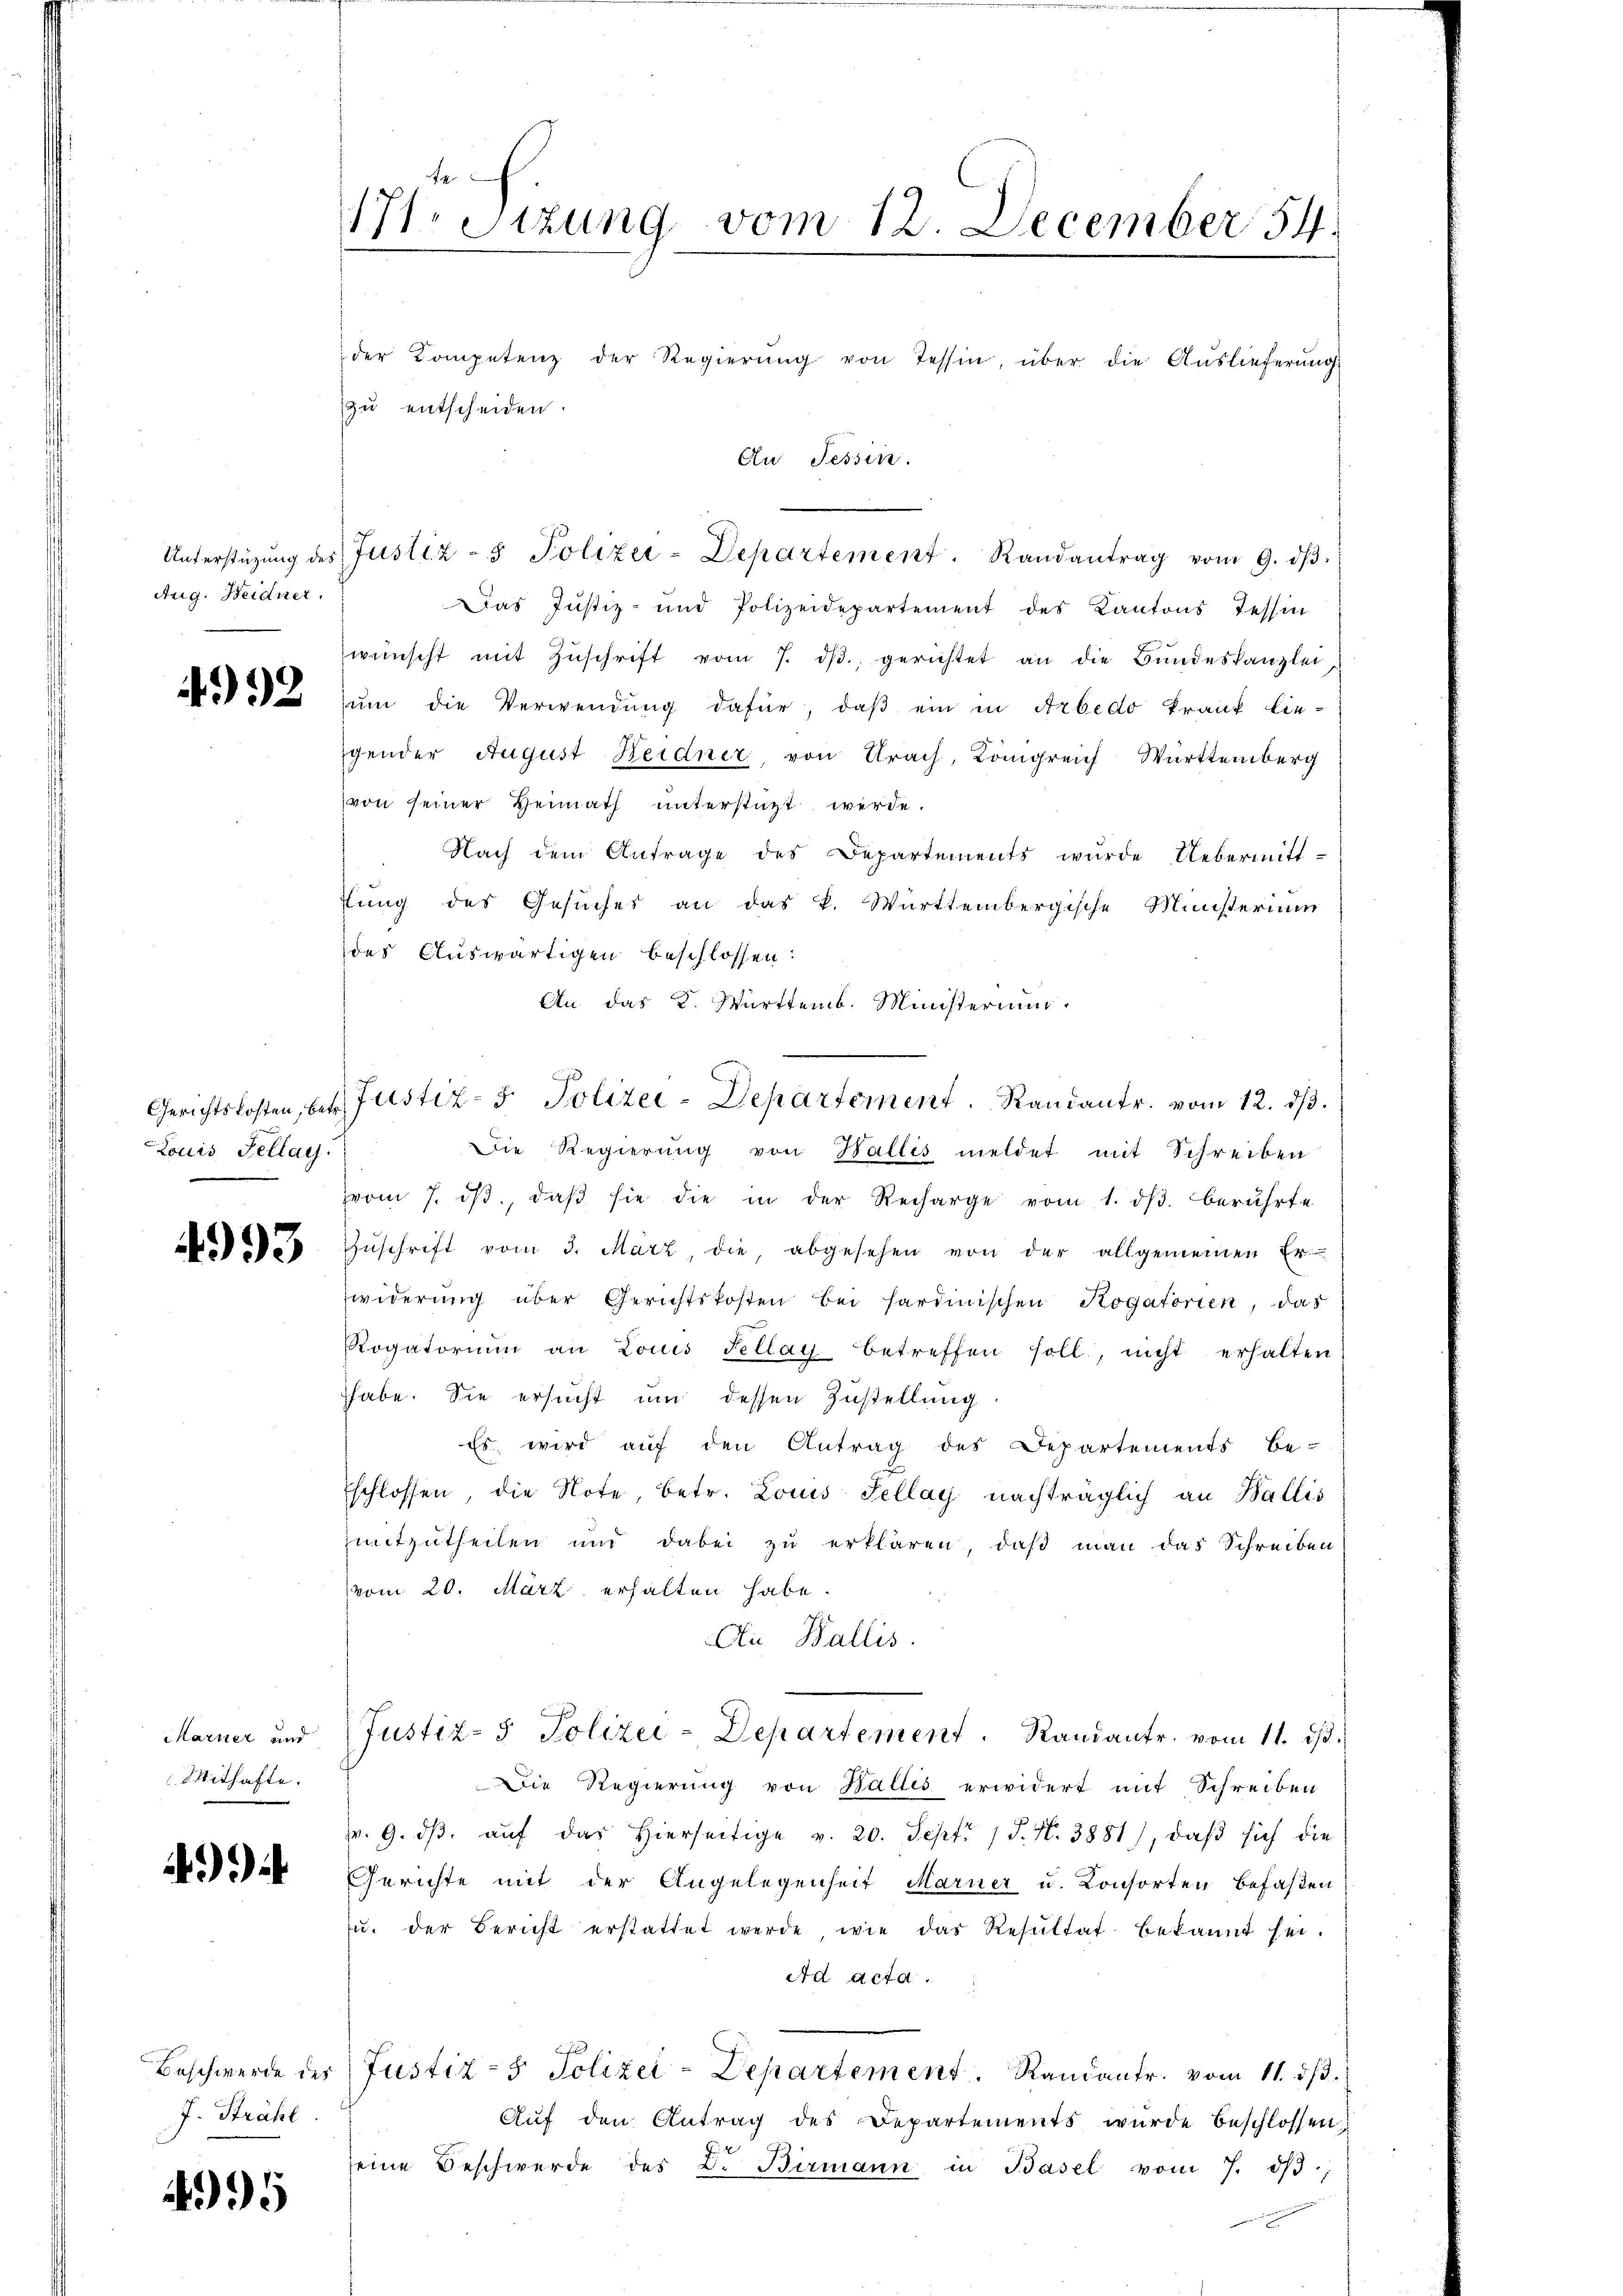
Aug. Heidner.

Mithafte.

)

4995

171 Sizung vom 12. December 54.

der Kompetenz der Regierŭng von Tessin, über die Aŭslieferŭng
zu entscheiden.
An Tessin.
Unterstützŭng des Justiz- & Polizer-Departement. Randantrag vom 9. dβ.
Das Justiz- und Polizeidepartement des Kantons Tessin
wünscht mit Zŭschrift vom 7. dβ, gerichtet an die Bŭndeskanzlei,
 2 zum die Verwendung dafür, daß ein in Arbedo Frant liegender August Heidner, von Urach, Königreich Württemberg
von seiner Heimath unterstüzt werde.
Nach dem Antrage des Departements wurde Uebermitt-
tung des Gesuches an das k. Württembergische Ministerium
des Auswärtigen beschlossen:
An das K. Württemb. Ministerium
Gerichtskosten, betr. Justiz- & Polizei-Departement. Randantr. vom 12. dβ.
Die Regierung von Wallis meldet mit Schreiben
vom 7. dβ, daβ sie die in der Recharge vom 1. dβ berührte
 Zŭschrift vom 3. März, die, abgesehen von der allgemeinen Er-
widerung über Gerichtskosten bei sardinischen Rogatorien, das
Rogatorium an Louis Fellay betreffen soll, nicht erhalten
habe. Sie ersucht um dessen Zustellung
Es wird auf den Antrag des Departements be-
schlossen, die Note betr. Louis Sellay nachträglich an Wallis
mitzŭtheilen und dabei zŭ erklären, daβ man das Schreiben
vom 20. März erhalten habe,
Au Wallis.
Marner und (Justiz- & Polizei-Departement. Randantr. vom 11. ds.
Die Regierung von Halles erwidert mit Schreiben
. 9. dβ aŭf das hierseitige v. 20. Sept. 15. N. 3851), daβ sich die
Gerichte mit der Angelegenheit Marier u. Consorten befaßen
u. der Bericht erstattet werde, wie das Resŭltat bekannt sei.
Ad Acta.
Beschwerde des (Justiz- & Polizei-Departement. Randantr. vom 11. dβ.
Aŭf den Antrag des Departements wurde beschlossen,
seine Beschwerde des Dr. Birmann in Basel vom 7. dβ,

Louis Fellay.

J. Strahl